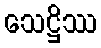
သေဋ္ဌိဿ